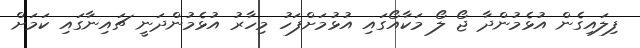
ފިލައިގެން އުޅެމުންދާ ޖޯ ލޯ މަކާއޯގައި އުޅުމަށްފަހު މިހާރު އުޅެމުންދަނީ ޗައިނާގައި ކަމަށް